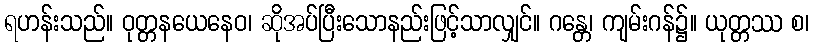
ရဟန်းသည်။ ဝုတ္တနယေနေဝ၊ ဆိုအပ်ပြီးသောနည်းဖြင့်သာလျှင်။ ဂန္တေ၊ ကျမ်းဂန်၌။ ယုတ္တဿ စ၊